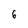
Character: 6